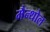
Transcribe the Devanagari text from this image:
मैन्थोल